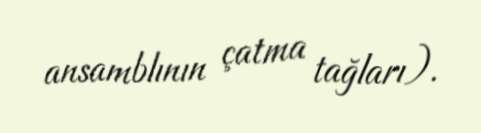
ansamblının çatma tağları).